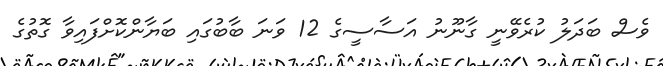
ވެސް ބަދަލު ކުރެވޭނީ ގާނޫނު އަސާސީގެ 12 ވަނަ ބާބުގައި ބަޔާންކޮށްފައިވާ ގޮތުގެ